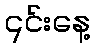
၎င်းနေ့